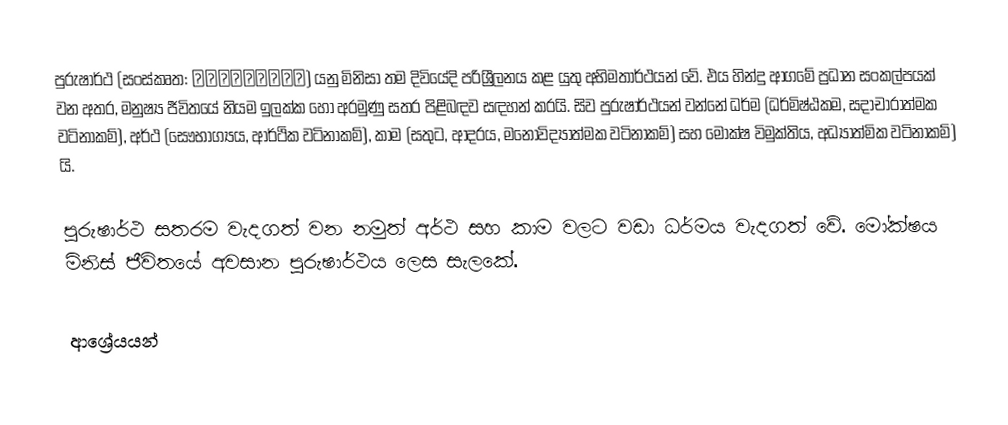
පුරුෂාර්ථ (සංස්කෘත: पुरुषार्थ) යනු මිනිසා තම දිවියේදි පරිශ්‍රීලනය කළ යුතු අභිමතාර්ථයන් වේ. එය හින්දු ආගමේ ප්‍රධාන සංකල්පයක් වන අතර, මනුෂ්‍ය ජීවිතයේ නියම ඉලක්ක හෝ අරමුණු සතර පිළිබඳව සඳහන් කරයි. සිව පුරුෂාර්ථයන් වන්නේ ධර්ම (ධර්මිෂ්ඨකම, සදාචාරාත්මක වටිනාකම්), අර්ථ (සෞභාග්‍යය, ආර්ථික වටිනාකම්), කාම (සතුට, ආදරය, මනෝවිද්‍යාත්මක වටිනාකම්) සහ මෝක්ෂ විමුක්තිය, අධ්‍යාත්මික වටිනාකම්) යි.

පුරුෂාර්ථ සතරම වැදගත් වන නමුත් අර්ථ සහ කාම වලට වඩා ධර්මය වැදගත් වේ. මෝක්ෂය මිනිස් ජීවිතයේ අවසාන පුරුෂාර්ථය ලෙස සැලකේ.

ආශ්‍රේයයන්